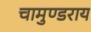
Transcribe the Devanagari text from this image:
चामुण्डराय